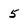
Character: 5